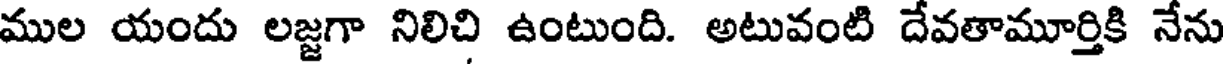
ముల యందు లజ్జగా నిలిచి ఉంటుంది. అటువంటి దేవతామూర్తికి నేను